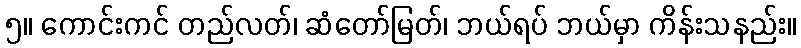
၅။ ကောင်းကင် တည်လတ်၊ ဆံတော်မြတ်၊ ဘယ်ရပ် ဘယ်မှာ ကိန်းသနည်း။